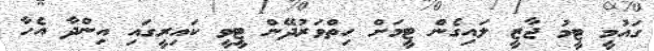
ގައުމީ ޓީމު ޖާޒީ ލައިގެން ޓީމަށް ހިތްވަރުދޭން ޓީވީ ކައިރީގައި އިންދާ އެހާ